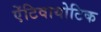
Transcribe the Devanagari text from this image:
ऐंटिवायोटिक